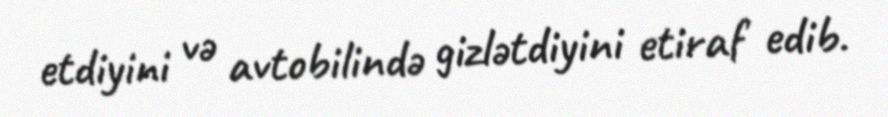
etdiyini və avtobilində gizlətdiyini etiraf edib.